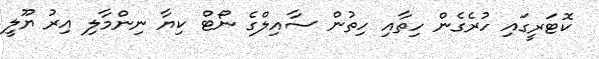
ކޮޓަރީގައި ހުރެގެން ހިތާއި ހިތުން ސާއިލްގެ ނޯޓް ކިޔާ ނިންމާލި އިރު ޔޫލީ